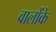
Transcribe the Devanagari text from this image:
वालोंके